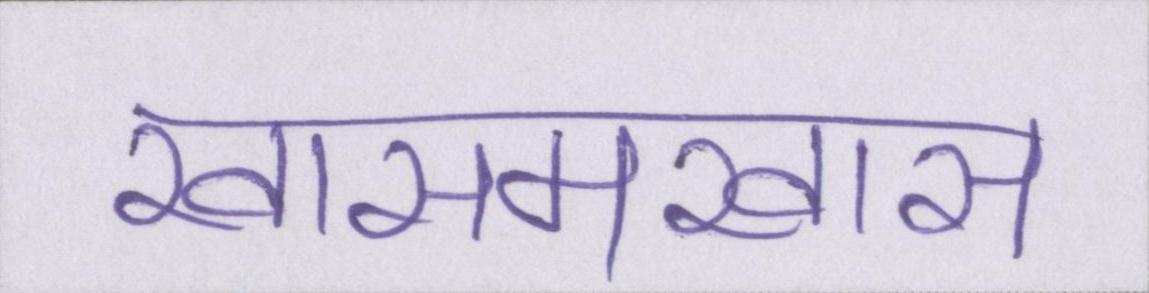
खासमखास